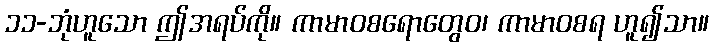
၁၁-ဘုံဟူသော ဤအရပ်ကို။ ကာမာဝစရောတွေဝ၊ ကာမာဝစရ ဟူ၍သာ။